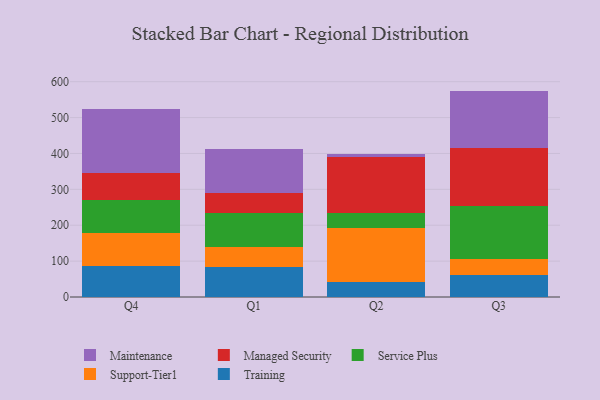
{"axis": {"x": "Quarter", "y": "LTV (USD)"}, "legend": ["Maintenance", "Managed Security", "Service Plus", "Support-Tier1", "Training"], "data": [{"x": "Q4", "y": 85.6, "type": "Training"}, {"x": "Q4", "y": 91.5, "type": "Support-Tier1"}, {"x": "Q4", "y": 92.3, "type": "Service Plus"}, {"x": "Q4", "y": 75.1, "type": "Managed Security"}, {"x": "Q4", "y": 179.3, "type": "Maintenance"}, {"x": "Q1", "y": 82.5, "type": "Training"}, {"x": "Q1", "y": 58.0, "type": "Support-Tier1"}, {"x": "Q1", "y": 94.5, "type": "Service Plus"}, {"x": "Q1", "y": 55.8, "type": "Managed Security"}, {"x": "Q1", "y": 121.2, "type": "Maintenance"}, {"x": "Q2", "y": 40.8, "type": "Training"}, {"x": "Q2", "y": 150.3, "type": "Support-Tier1"}, {"x": "Q2", "y": 43.2, "type": "Service Plus"}, {"x": "Q2", "y": 157.1, "type": "Managed Security"}, {"x": "Q2", "y": 8.5, "type": "Maintenance"}, {"x": "Q3", "y": 62.3, "type": "Training"}, {"x": "Q3", "y": 43.4, "type": "Support-Tier1"}, {"x": "Q3", "y": 147.2, "type": "Service Plus"}, {"x": "Q3", "y": 162.2, "type": "Managed Security"}, {"x": "Q3", "y": 159.4, "type": "Maintenance"}]}